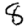
Digit: 8